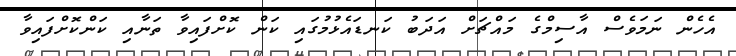
އެހެން ނަމަވެސް އާސިމްގެ މައްޗަށް އަދަބު ކަނޑައެޅުމުގައި ކަން ކޮށްފައިވާ ތަނާއި ކަންކޮށްފައިވާ